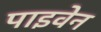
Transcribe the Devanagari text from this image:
पाइवेन